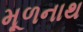
મૂળનાથ